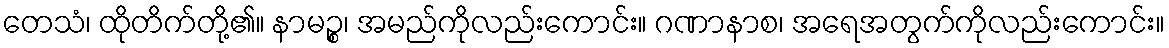
တေသံ၊ ထိုတိက်တို့၏။ နာမဉ္စ၊ အမည်ကိုလည်းကောင်း။ ဂဏာနာစ၊ အရေအတွက်ကိုလည်းကောင်း။